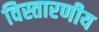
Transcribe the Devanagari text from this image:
विस्तारणीय